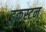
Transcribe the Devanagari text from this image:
डुकस्टन